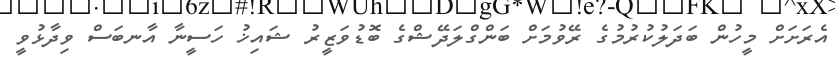
އެރަށަށް މީހުން ބަދަލުކުރުމުގެ ރޭވުމަށް ބަންގްލަދޭޝްގެ ބޮޑުވަޒީރު ޝައިޚު ހަސީނާ އާނބަސް ވިދާޅުވީ